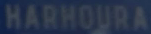
HARHOURA